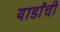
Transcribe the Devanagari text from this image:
यार्डांची